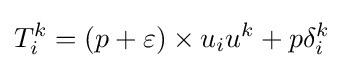
T_{i}^{k}=\left(p+\varepsilon \right)\times u_{i}u^{k}+p\delta _{i}^{k}